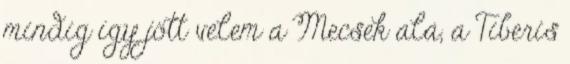
mindig így jött velem a Mecsek alá, a Tiberis